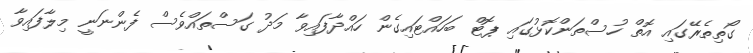
ގޯތިތެރޭގައި އޮތް ހުސްތަންކޮޅުގައި ޕޮޓް ބަހައްޓައިގެން ހައްދާފައިވާ މަދު ގަސްތައްވެސް ފެންނަނީ މިލާފައިވާ